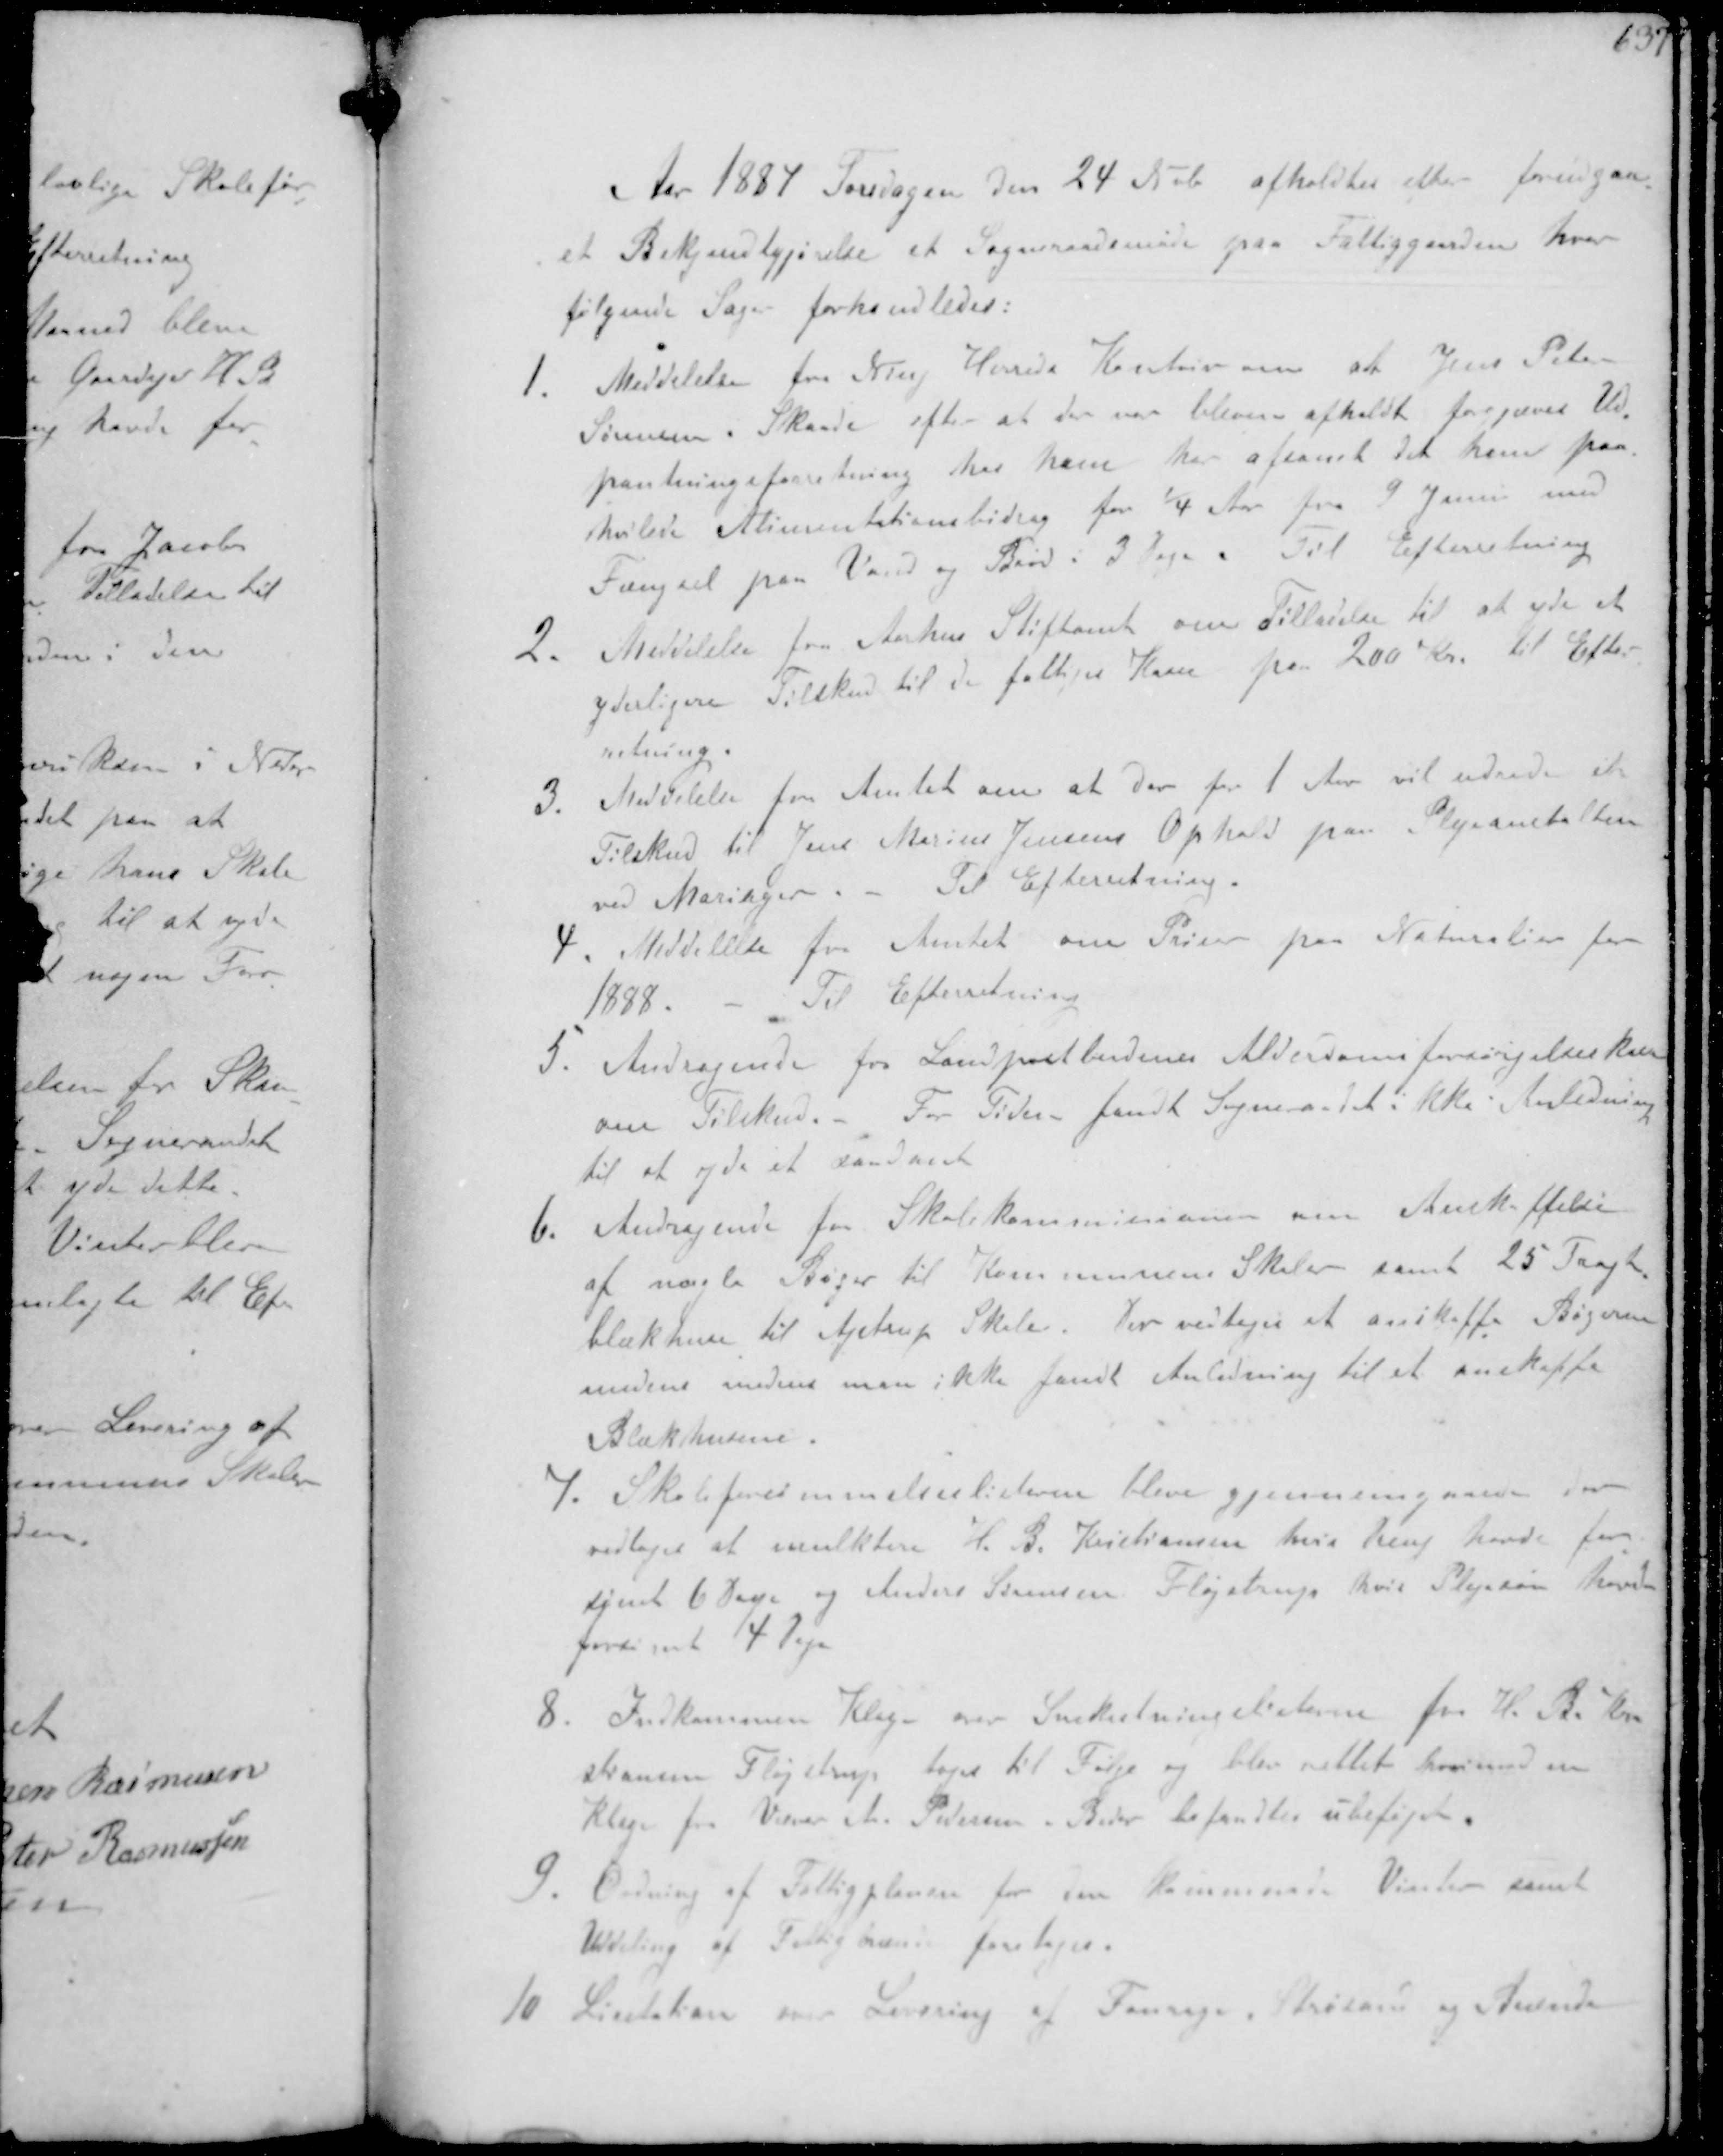
Transskription:
Aar 1887 Torsdagen den 24 Nvb afholdtes elter forudgaa-
et Bekjentgørelse et Sogneraadsmøde paa Fattiggaarden hvor
følgende Sager forhandledes:
1. Meddelelse fra Ning Herreds Kontor om at Jens Peter
Sørensen i Skaade efter at der var bleven afholdt forgæves Ud-
pantningsforretning hos ham har afsonett det ham paa-
hvilede Alimentationsbidrag for 1/4 Aar fra 9 Juni med
Fængsel paa Vand og Brød i 3 Dage Til Efterretning
2. Meddelelse fra Aarhus Stiftamt om Tilladelse til at yde et
yderligere Tilskud til de fattiges Kasse paa 200 Kr. til Efter-
retning.
3. Meddelelse fra Amtet om at der for 1 Aar vil udrede et
Tilskud til Jens Marius Jensens Ophold paa Plejeanstalten
ved Mariager. - Til Efterretning.
4 Meddelelse fra Amtet om Priser paa Naturalier for
1888.
Til Efterretning
5. Andragende for Landpostbudenes Alderdomsforsørgelseskasse
om Tilskud. - For Tiden fandt Sogneraadet ikke Anledning
til at yde et saadant
6. Andragende for Skolekommisionen om Anskaffelse
af nogle Bøger til Kommunens Skole samt 25 
blækhuse til Ajstrup Skole. Der vedtoges at anskaffe Bøgerne
medens imedens man ikke fandt Anledning til at anskaffe
Blækhusene.
7. Skoleforsømelseslisterne bleve gjennemgaade det
vedtoges at mulktere H. B. Kristiansen hvis Dreng havde for-
sømt 6 Dage og Anders Sørensen Fløjstrup, hvis Plejesøn havde
forsømt 4 Dage
8. Indkommen klage over Snekastninglisterne for H. B. Kri-
stiansen Fløjstrup toges til Følge og blev rettet hvorimod en
klage fra Væver M. Pedersen Beder befandtes ubeføjet
9. Ordning af Fattigplanen for den kommende Vinter samt
Uddeling af Fattigbrænde foretoges.
10 Licitation over Levering af Fouragege, Strøsand og Brænde